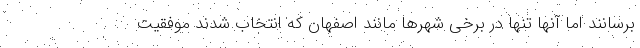
برسانند اما آنها تنها در برخی شهرها مانند اصفهان که انتخاب شدند موفقیت